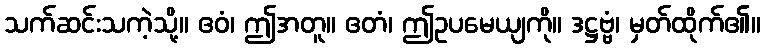
သက်ဆင်းသကဲ့သို့။ ဧဝံ၊ ဤအတူ။ ဧတံ၊ ဤဥပမေယျကို။ ဒဋ္ဌဗ္ဗံ၊ မှတ်ထိုက်၏။